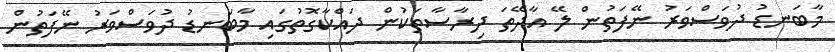
މާބަނޑު ދުވަސްވަރު ނޭފަތުން ލޭ އާދޭތަ ދިރާސާތަކުން ދައްކާގޮތުގައި މާބަނޑު ދުވަސްވަރު ނޭފަތުން